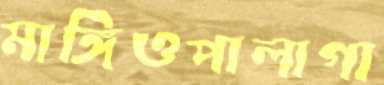
মাঙ্গিওপালাগা